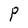
Character: P